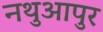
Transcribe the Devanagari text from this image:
नथुआपुर